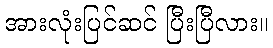
အားလုံးပြင်ဆင် ပြီးပြီလား။